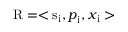
{ \mathrm { R } } = < { \mathrm { s } } _ { \mathrm { i } } { , p } _ { \mathrm { i } } { , x } _ { \mathrm { i } } >